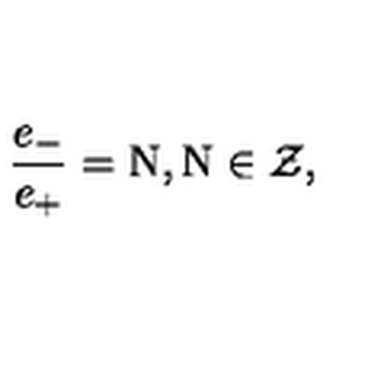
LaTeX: \frac { e _ { - } } { e _ { + } } = \mathrm { N } , \mathrm { N } \in \cal Z ,